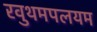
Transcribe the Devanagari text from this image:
रवुथमपलयम